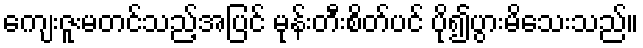
ကျေးဇူးမတင်သည့်အပြင် မုန်းတီးစိတ်ပင် ပို၍ပွားမိသေးသည်။